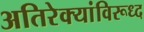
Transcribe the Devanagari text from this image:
अतिरेक्यांविरूध्द